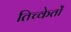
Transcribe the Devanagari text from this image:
तिच्केतों